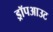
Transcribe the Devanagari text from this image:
ड्रॉपआउट